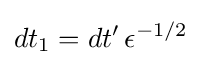
dt_{1}=dt'\,\epsilon ^{-1/2}